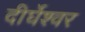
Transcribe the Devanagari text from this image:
दीर्घेश्वर